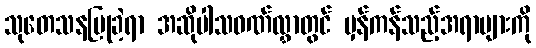
သုတေသနပြုခဲ့ရာ အဆိုပါသဝဏ်လွှာတွင် မှန်ကန်သည့်အရာများကို